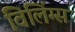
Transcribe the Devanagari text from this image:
विलिंग्स